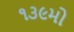
૧૩૯મો